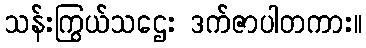
သန်းကြွယ်သဌေး ဒက်ဇာပါတကား။